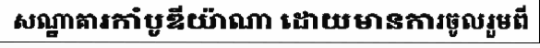
សណ្ឋាគារកាំបូឌីយ៉ាណា ដោយមានការចូលរួមពី